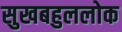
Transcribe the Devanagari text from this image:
सुखबहुललोक